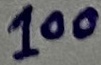
Text: 100